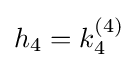
h_{4}=k_{4}^{(4)}